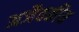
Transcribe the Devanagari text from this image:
अजैवकीय